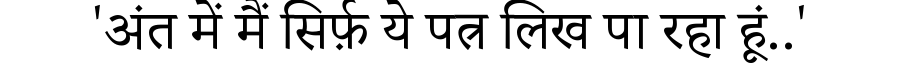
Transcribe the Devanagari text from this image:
'अंत में मैं सिर्फ़ ये पत्र लिख पा रहा हूं..'